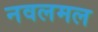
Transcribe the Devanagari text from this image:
नवलमल